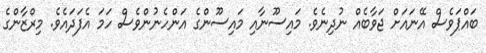
ބައްޕަވެސް އޭނައަށް ޖަވާބެއް ނުދިނެވެ. މައިސޫނާއި މައިސޫންގެ އަންހެނުންވެސް ހަމަ އެފަދައެވެ. މިރްޒާންގެ